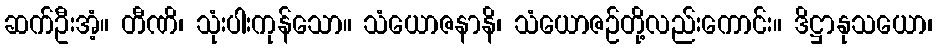
ဆက်ဦးအံ့။ တီဏိ၊ သုံးပါးကုန်သော။ သံယောဇနာနိ၊ သံယောဇဉ်တို့လည်းကောင်း။ ဒိဋ္ဌာနုသယော၊